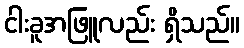
ငါးခူအဖြူလည်း ရှိသည်။